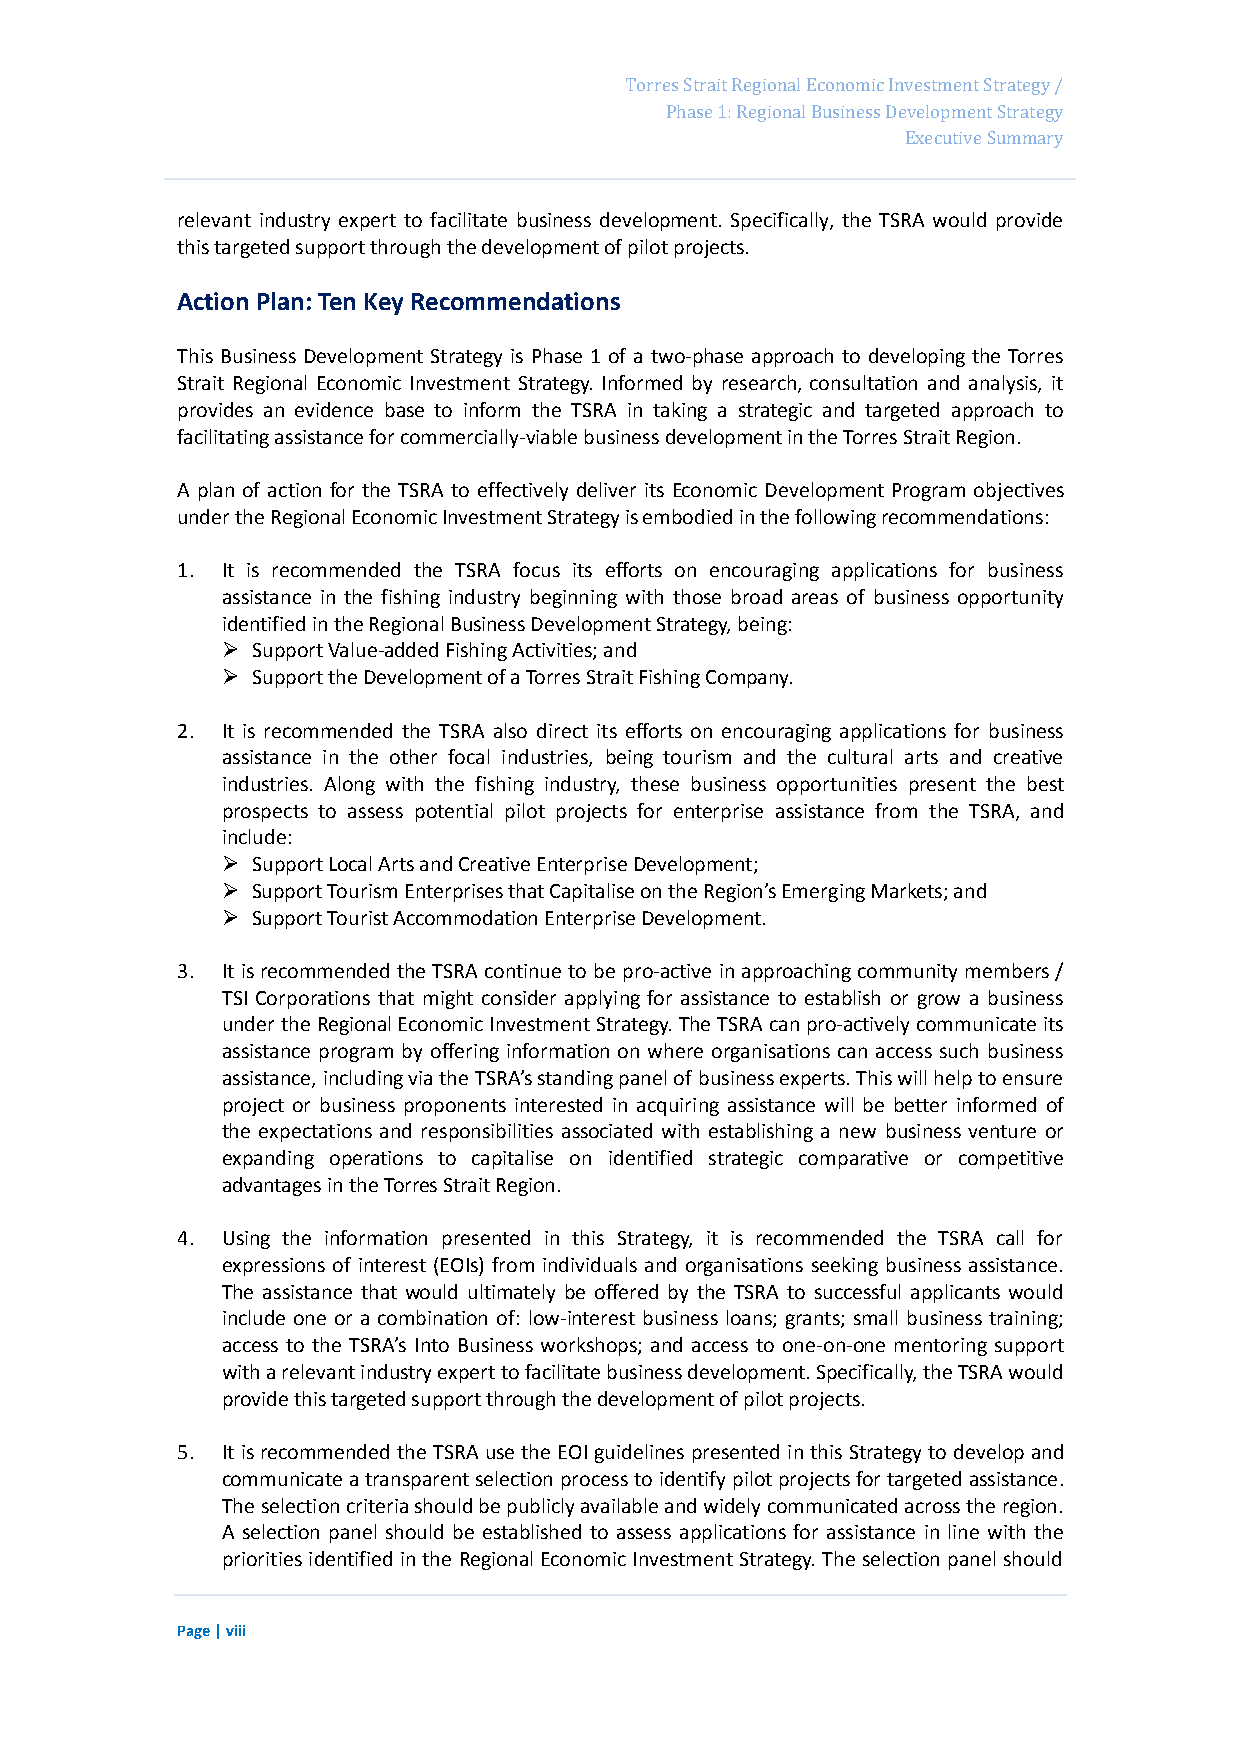
Page 14
 Torres Strait Regional Economic Investment Strategy /
 Phase 1: Regional Business Development Strategy
 Executive Summary
 relevant industry expert to facilitate business development. Specifically, the TSRA would provide
 this targeted support through the development of pilot projects.
 Action Plan: Ten Key Recommendations
 This Business Development Strategy is Phase 1 of a two-phase approach to developing the Torres
 Strait Regional Economic Investment Strategy. Informed by research, consultation and analysis, it
 provides an evidence base to inform the TSRA in taking a strategic and targeted approach to
 facilitating assistance for commercially-viable business development in the Torres Strait Region.
 A plan of action for the TSRA to effectively deliver its Economic Development Program objectives
 under the Regional Economic Investment Strategy is embodied in the following recommendations:
 1. It is recommended the TSRA focus its efforts on encouraging applications for business
 assistance in the fishing industry beginning with those broad areas of business opportunity
 identified in the Regional Business Development Strategy, being:
  Support Value-added Fishing Activities; and
  Support the Development of a Torres Strait Fishing Company.
 2. It is recommended the TSRA also direct its efforts on encouraging applications for business
 assistance in the other focal industries, being tourism and the cultural arts and creative
 industries. Along with the fishing industry, these business opportunities present the best
 prospects to assess potential pilot projects for enterprise assistance from the TSRA, and
 include:
  Support Local Arts and Creative Enterprise Development;
  Support Tourism Enterprises that Capitalise on the Region’s Emerging Markets; and
  Support Tourist Accommodation Enterprise Development.
 3. It is recommended the TSRA continue to be pro-active in approaching community members /
 TSI Corporations that might consider applying for assistance to establish or grow a business
 under the Regional Economic Investment Strategy. The TSRA can pro-actively communicate its
 assistance program by offering information on where organisations can access such business
 assistance, including via the TSRA’s standing panel of business experts. This will help to ensure
 project or business proponents interested in acquiring assistance will be better informed of
 the expectations and responsibilities associated with establishing a new business venture or
 expanding operations to capitalise on identified strategic comparative or competitive
 advantages in the Torres Strait Region.
 4. Using the information presented in this Strategy, it is recommended the TSRA call for
 expressions of interest (EOIs) from individuals and organisations seeking business assistance.
 The assistance that would ultimately be offered by the TSRA to successful applicants would
 include one or a combination of: low-interest business loans; grants; small business training;
 access to the TSRA’s Into Business workshops; and access to one-on-one mentoring support
 with a relevant industry expert to facilitate business development. Specifically, the TSRA would
 provide this targeted support through the development of pilot projects.
 5. It is recommended the TSRA use the EOI guidelines presented in this Strategy to develop and
 communicate a transparent selection process to identify pilot projects for targeted assistance.
 The selection criteria should be publicly available and widely communicated across the region.
 A selection panel should be established to assess applications for assistance in line with the
 priorities identified in the Regional Economic Investment Strategy. The selection panel should
 Page | viii